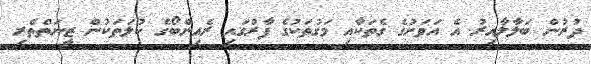
ދުރުން ބަލާލާއިރު އެ އަވަށުގެ ގެތަކާއި މަގުތަކުގެ ފާރުގައި ރެއިންބޯގެ ކުލަތަކުން ޒީނަތްތެރި